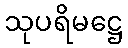
သုပရိမဋ္ဌေ